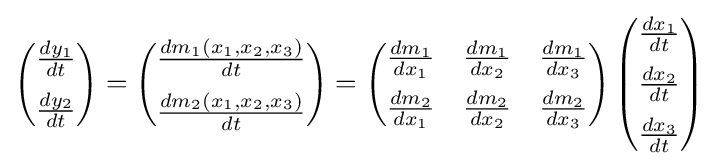
{\begin{pmatrix}{\frac {dy_{1}}{dt}}\\[2mm]{\frac {dy_{2}}{dt}}\end{pmatrix}}={\begin{pmatrix}{\frac {dm_{1}(x_{1},x_{2},x_{3})}{dt}}\\[2mm]{\frac {dm_{2}(x_{1},x_{2},x_{3})}{dt}}\end{pmatrix}}={\begin{pmatrix}{\frac {dm_{1}}{dx_{1}}}&{\frac {dm_{1}}{dx_{2}}}&{\frac {dm_{1}}{dx_{3}}}\\[2mm]{\frac {dm_{2}}{dx_{1}}}&{\frac {dm_{2}}{dx_{2}}}&{\frac {dm_{2}}{dx_{3}}}\end{pmatrix}}\,{\begin{pmatrix}{\frac {dx_{1}}{dt}}\\[2mm]{\frac {dx_{2}}{dt}}\\[2mm]{\frac {dx_{3}}{dt}}\end{pmatrix}}